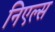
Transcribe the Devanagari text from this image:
निएल्स